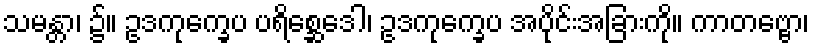
သမန္တာ၊ ၌။ ဥဒကုက္ခေပ ပရိစ္ဆေဒေါ၊ ဥဒကုက္ခေပ အပိုင်းအခြားကို။ ကာတဗ္ဗော၊